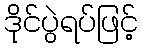
ဒိုင်ပွဲရပ်ဖြင့်